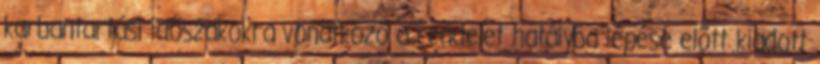
karbantartási idõszakokra vonatkozó a rendelet hatályba lépése elõtt kiadott